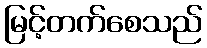
မြင့်တက်စေသည်